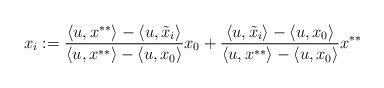
LaTeX: \begin{align*}x_i : = \frac{\langle u, x^{**}\rangle - \langle u, \tilde{x}_i \rangle}{\langle u, x^{**}\rangle - \langle u, x_0 \rangle} x_0 +\frac{\langle u, \tilde{x}_i \rangle - \langle u, x_0\rangle}{\langle u, x^{**}\rangle - \langle u, x_0\rangle} x^{**}\end{align*}